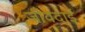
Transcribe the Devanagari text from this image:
जीवदाई